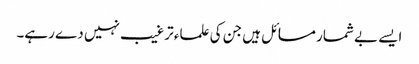
ایسے بے شمار مسائل ہیں جن کی علماء ترغیب نہیں دے رہے۔